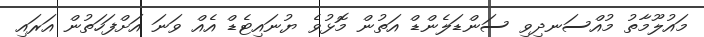
މައުލޫމާތު މުއްސަނދިވި ސަންޑަލެންޑް އަތުން މޮޅުވެ ޔުނައިޓެޑް އެއް ވަނަ އަށްފަހަތުން އަރައި